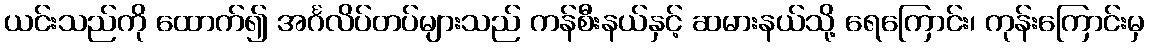
ယင်းသည်ကို ထောက်၍ အင်္ဂလိပ်တပ်များသည် ကန်စီးနယ်နှင့် ဆမားနယ်သို့ ရေကြောင်း၊ ကုန်းကြောင်းမှ